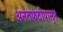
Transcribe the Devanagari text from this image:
अनंतफंदीपासून